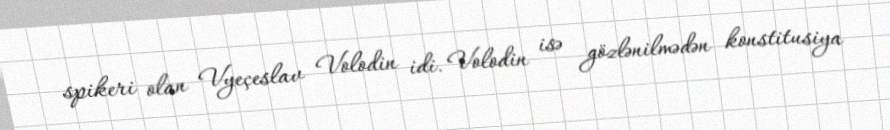
spikeri olan Vyeçeslav Volodin idi. Volodin isə gözlənilmədən konstitusiya